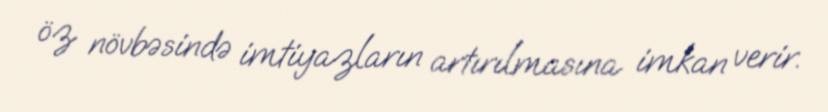
öz növbəsində imtiyazların artırılmasına imkan verir.